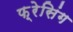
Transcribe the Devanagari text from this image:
फ़्रेसिंग